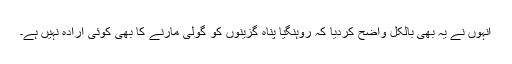
انہوں نے یہ بھی بالکل واضح کردیا کہ روہنگیا پناہ گزینوں کو گولی مارنے کا بھی کوئی ارادہ نہیں ہے۔